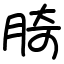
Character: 䐀